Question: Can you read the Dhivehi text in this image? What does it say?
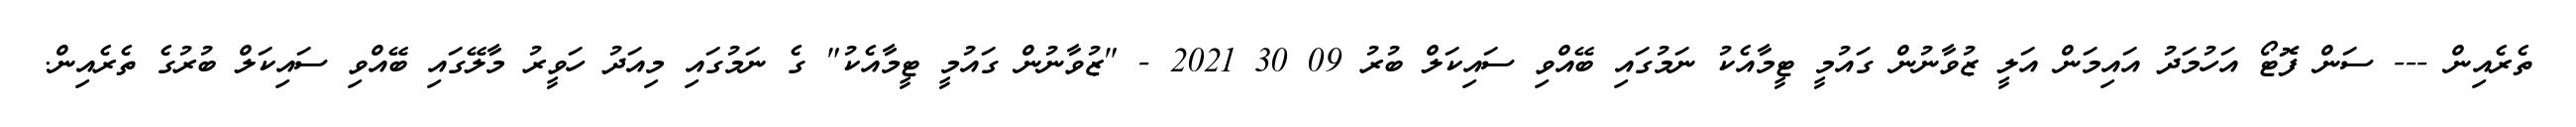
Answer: ތެރެއިން --- ސަން ފޮޓޯ އަހުމަދު އައިމަން އަލީ ޒުވާނުން ގައުމީ ޓީމާއެކު ނަމުގައި ބޭއްވި ސައިކަލް ބުރު 09 30 2021 - "ޒުވާނުން ގައުމީ ޓީމާއެކު" ގެ ނަމުގައި މިއަދު ހަވީރު މާލޭގައި ބޭއްވި ސައިކަލް ބުރުގެ ތެރެއިން.